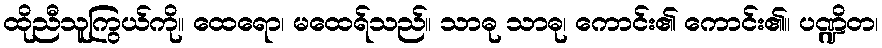
ထိုညီသူကြွယ်ကို။ ထေရော၊ မထေရ်သည်။ သာဓု သာဓု၊ ကောင်း၏ ကောင်း၏။ ပဏ္ဍိတ၊